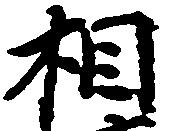
相